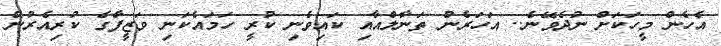
އެހެން މީހަކަށް ނުދެވޭނެ.. އަހަރެން ތަނާލްއާއި ކައިވެނި ކުރީ ހަމައެކަނި ވަޒީފާގެ ކުރިއެރުން